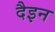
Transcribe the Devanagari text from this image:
दैइन